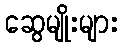
ဆွေမျိုးများ